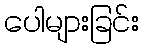
ပေါများခြင်း